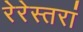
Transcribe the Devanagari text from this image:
रेरेस्तरां